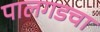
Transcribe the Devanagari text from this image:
पालगडचा